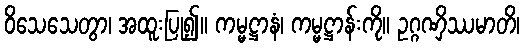
ဝိသေသေတွာ၊ အထူးပြု၍။ ကမ္မဋ္ဌာနံ၊ ကမ္မဋ္ဌာန်းကို။ ဥဂ္ဂဏှိဿမာတိ၊